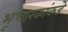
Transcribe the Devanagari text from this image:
भूधारकांकडे